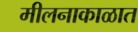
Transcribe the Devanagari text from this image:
मीलनाकाळात